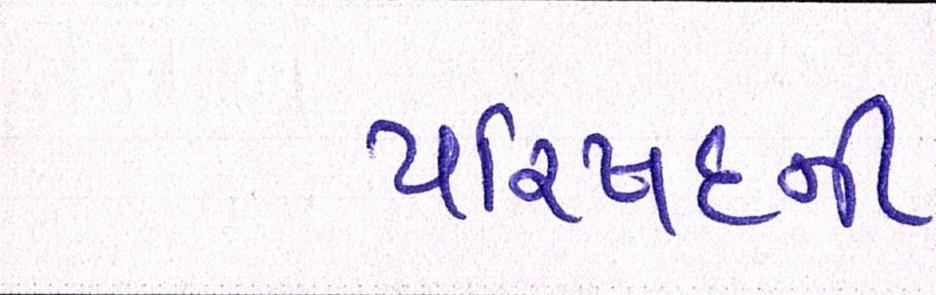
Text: પરિષદની